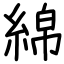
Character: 綿